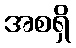
အစရှိ